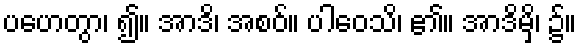
ပဟေတွာ၊ ၍။ အာဒိ၊ အစဝ်။ ပါဝေသိ၊ ၏။ အာဒိမှိ၊ ၌။